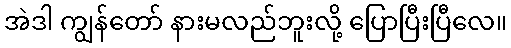
အဲဒါ ကျွန်တော် နားမလည်ဘူးလို့ ပြောပြီးပြီလေ။